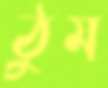
ঠুম